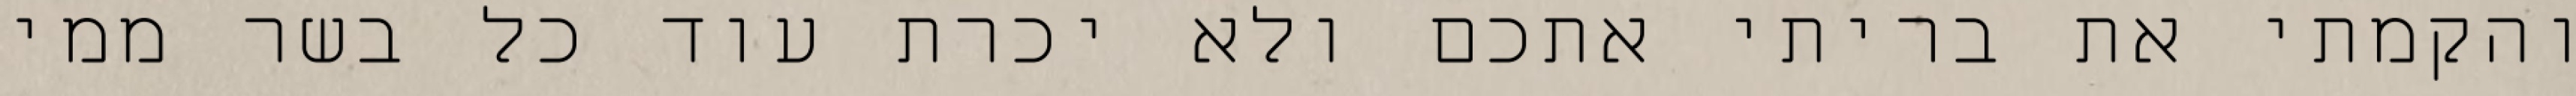
והקמתי את בריתי אתכם ולא יכרת עוד כל בשר ממי